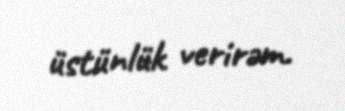
üstünlük verirəm.